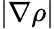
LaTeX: |\nabla\rho|